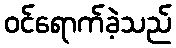
ဝင်ရောက်ခဲ့သည်